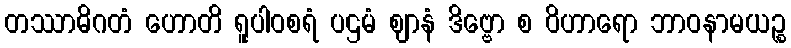
တဿာဓိဂတံ ဟောတိ ရူပါဝစရံ ပဌမံ ဈာနံ ဒိဗ္ဗော စ ဝိဟာရော ဘာဝနာမယဉ္စ